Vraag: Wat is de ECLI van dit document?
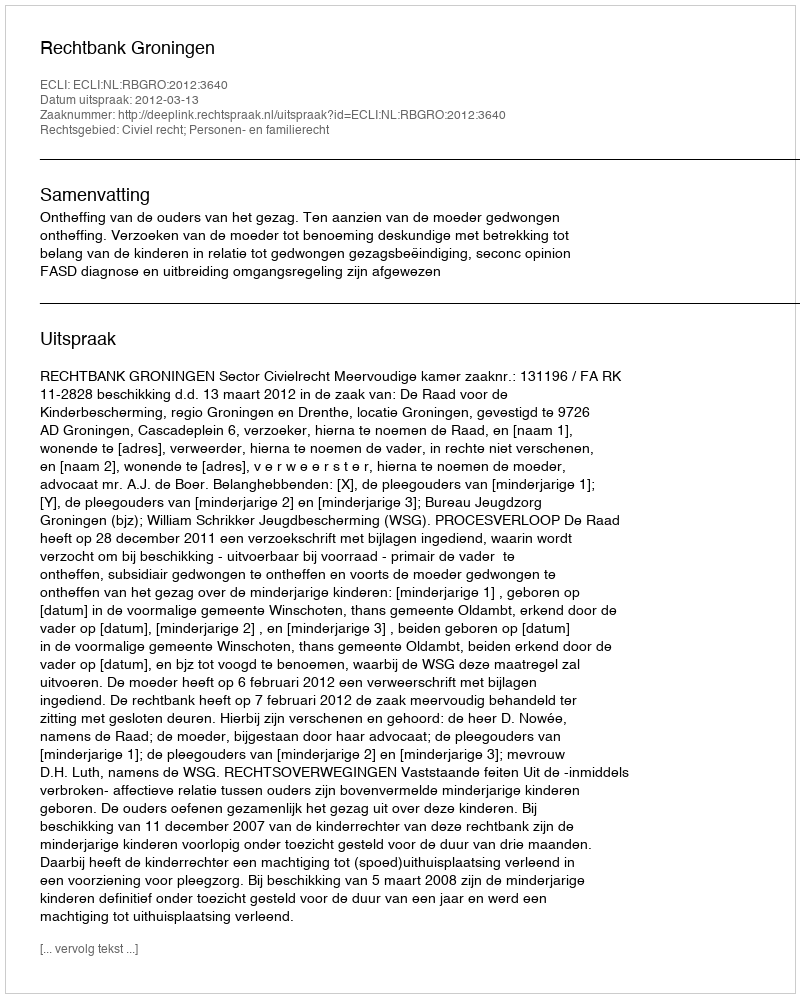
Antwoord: ECLI:NL:RBGRO:2012:3640